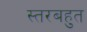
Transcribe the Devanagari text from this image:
स्तरबहुत